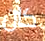
كان